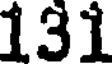
131